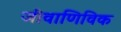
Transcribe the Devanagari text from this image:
जीवाणिविक